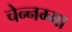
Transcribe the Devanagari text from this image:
चेन्‍नम्‍मा